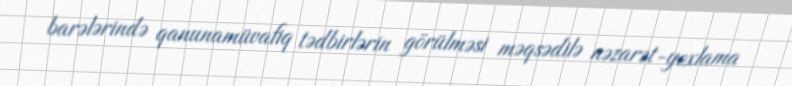
barələrində qanunamüvafiq tədbirlərin görülməsi məqsədilə nəzarət-yoxlama